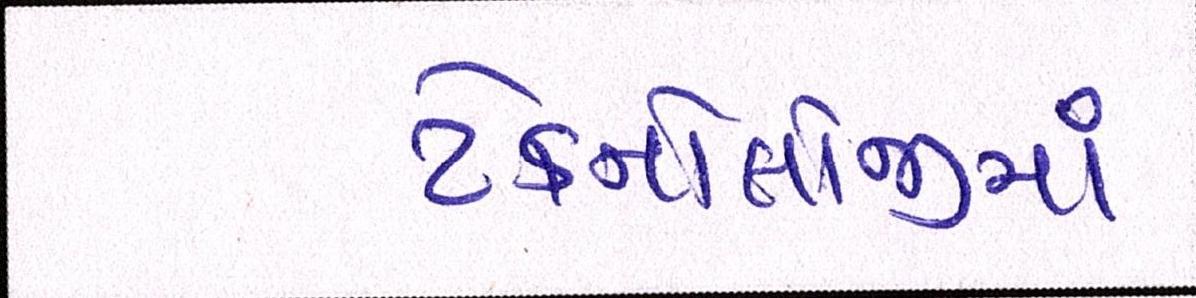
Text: ટેક્નોલોજીમાં